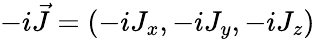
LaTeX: -i\vec{J}=(-iJ_{x},-iJ_{y},-iJ_{z})